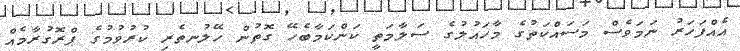
އެއްފަހަރު ނަމަވެސް މަސައްކަތުގެ މާހައުލުގެ ސަލާމަތީ ކަންކަމާބެހޭ ގޮތުން ހޭލުނތެރި ކުރުވުމުގެ ޕްރޮގުރާމެއް